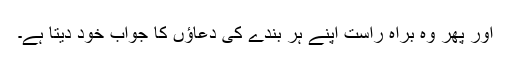
اور پھر وہ براہ راست اپنے ہر بندے کی دعاؤں کا جواب خود دیتا ہے۔